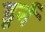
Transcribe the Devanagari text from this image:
डुर्न